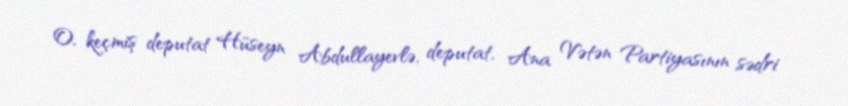
O, keçmiş deputat Hüseyn Abdullayevlə, deputat, Ana Vətən Partiyasının sədri